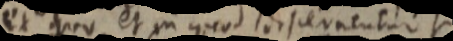
ex quo et in quod discernentur si